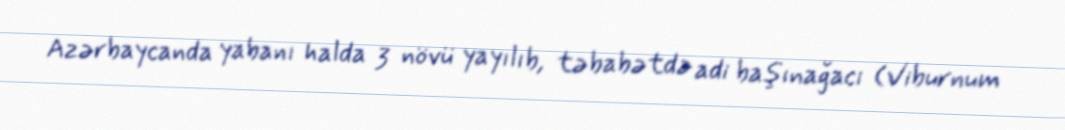
Azərbaycanda yabanı halda 3 növü yayılıb, təbabətdə adi başınağacı (Viburnum